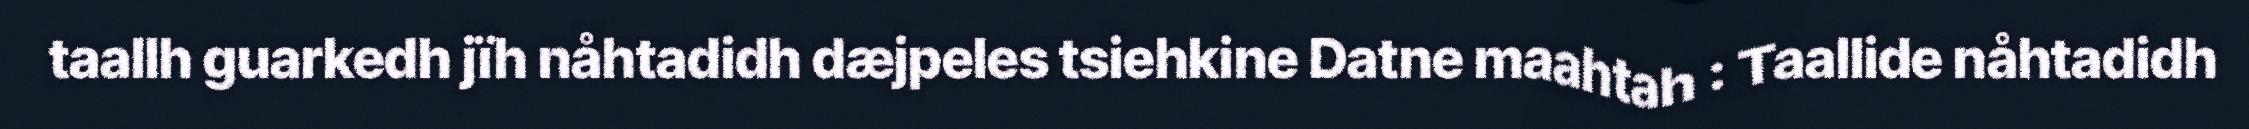
taallh guarkedh jïh nåhtadidh dæjpeles tsiehkine Datne maahtah : Taallide nåhtadidh